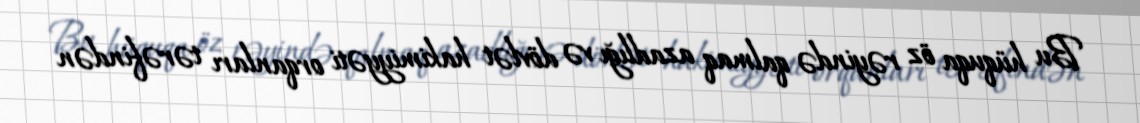
Bu hüquqa öz rəyində qalmaq azadlığı və dövlət hakimiyyəti orqanları tərəfindən